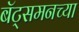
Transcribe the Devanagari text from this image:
बॅट्समनच्या